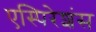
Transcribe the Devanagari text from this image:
एस्पिरेशंस